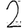
Digit: 2